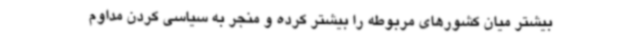
بیشتر میان کشورهای مربوطه را بیشتر کرده و منجر به سیاسی کردن مداوم